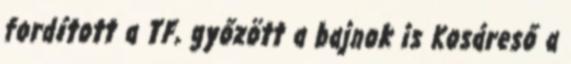
fordított a TF, győzött a bajnok is Kosáreső a